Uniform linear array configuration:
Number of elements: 48
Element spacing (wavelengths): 0.5
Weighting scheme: binomial
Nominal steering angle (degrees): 60
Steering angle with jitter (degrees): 61.536
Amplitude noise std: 0.05
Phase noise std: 0.05

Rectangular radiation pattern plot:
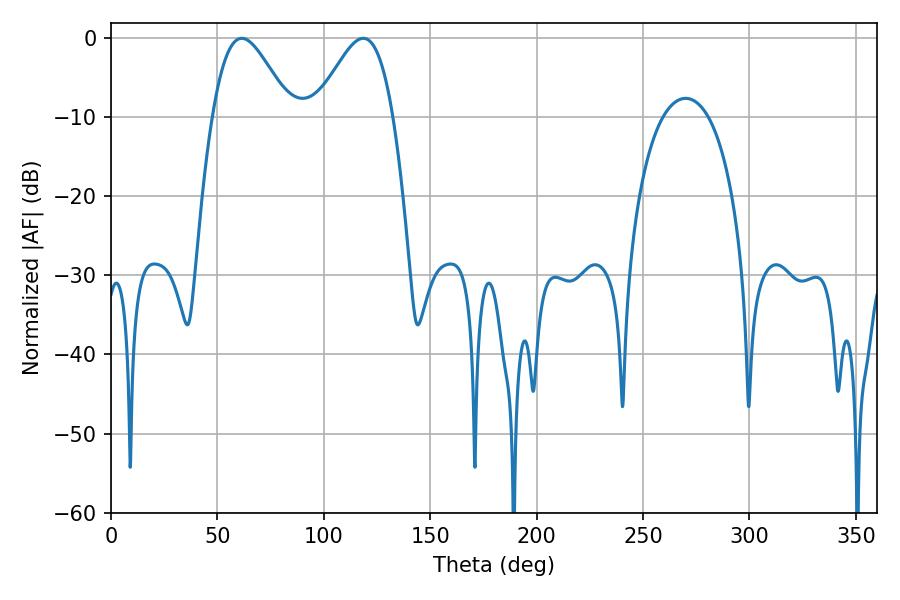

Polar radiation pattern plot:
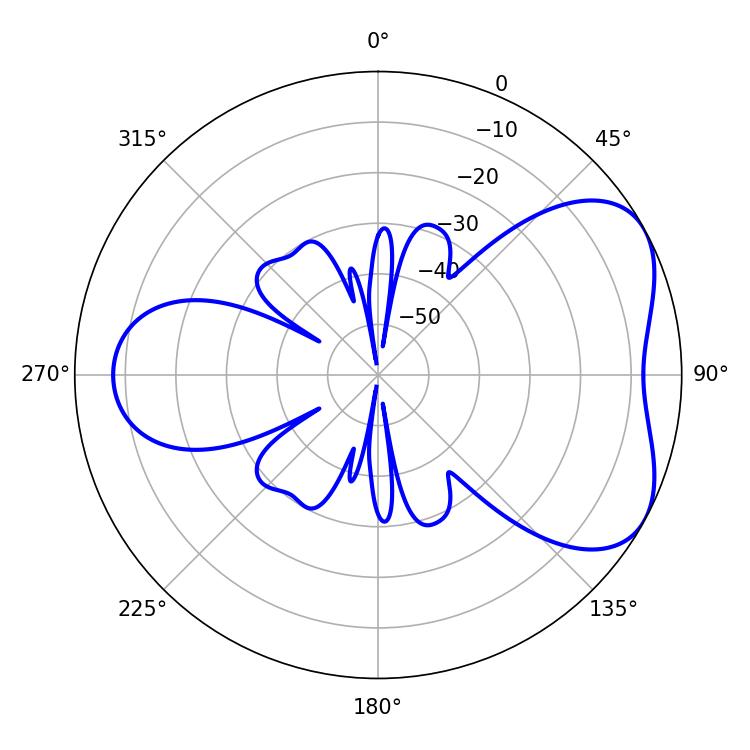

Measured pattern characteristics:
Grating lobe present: FALSE
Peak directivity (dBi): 5.1
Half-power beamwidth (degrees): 19.44
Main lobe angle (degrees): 61.38